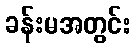
ခန်းမအတွင်း